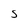
Character: S